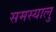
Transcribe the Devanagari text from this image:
समस्यालु